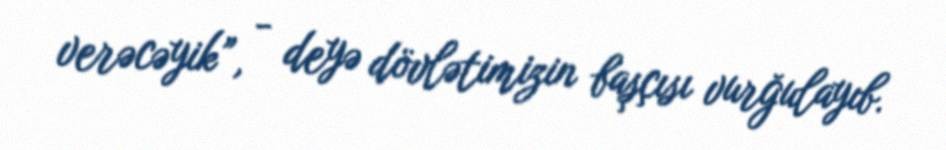
verəcəyik”, - deyə dövlətimizin başçısı vurğulayıb.